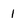
Character: 1